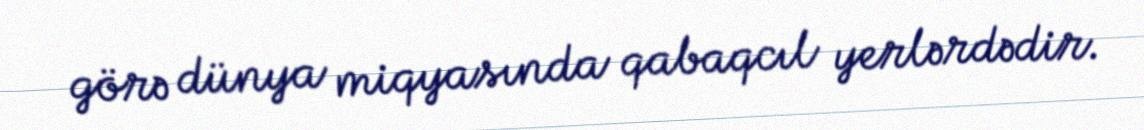
görə dünya miqyasında qabaqcıl yerlərdədir.